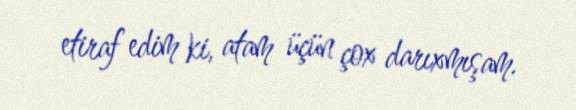
etiraf edim ki, atam üçün çox darıxmışam.